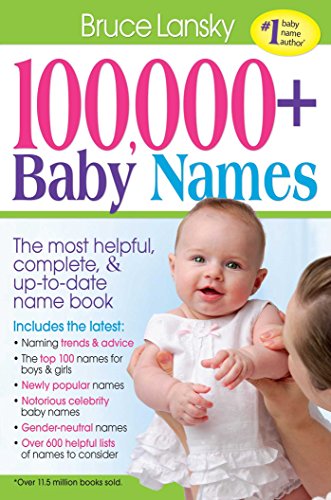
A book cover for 100,000 + BABY NAMES:The Most Complete Baby Name Book; Bruce Lansky; Parenting & Relationships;